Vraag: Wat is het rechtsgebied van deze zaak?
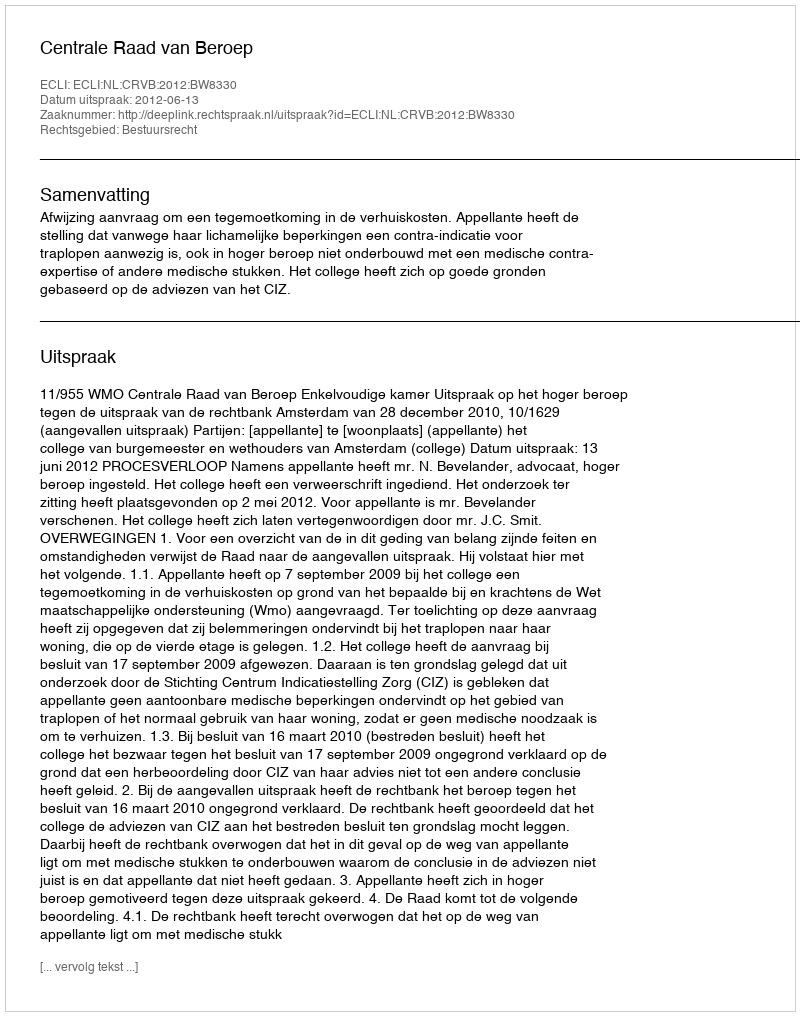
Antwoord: Bestuursrecht